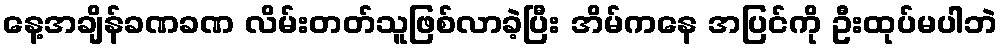
နေ့အချိန်ခဏခဏ လိမ်းတတ်သူဖြစ်လာခဲ့ပြီး အိမ်ကနေ အပြင်ကို ဦးထုပ်မပါဘဲ